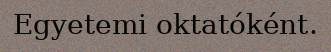
Egyetemi oktatóként.